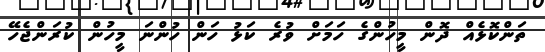
ތަންކޮޅެއް ދޮން މީހުންގެ ހަމަށް ވުރެ ކަޅު ހަން ހުންނަ މީހުން ކުރަންޖެހޭ